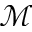
\mathcal { M }